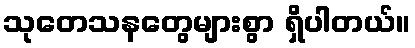
သုတေသနတွေများစွာ ရှိပါတယ်။